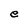
Character: e